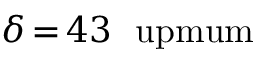
{ \delta } \, { = } \, 4 3 ~ \mathrm { \ u p m u m }